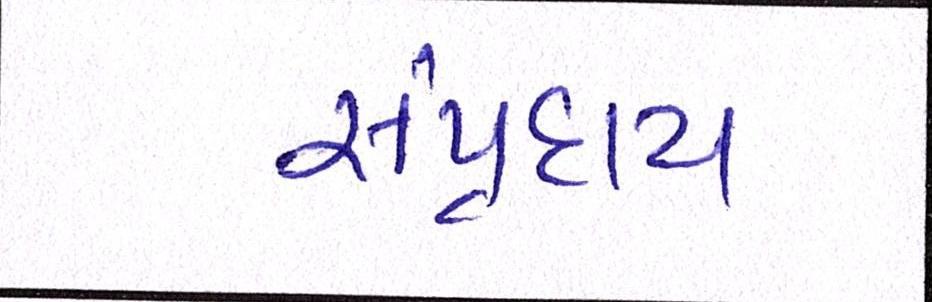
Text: સંપ્રદાય